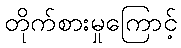
တိုက်စားမှုကြောင့်